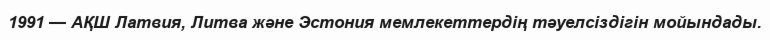
1991 — АҚШ Латвия, Литва және Эстония мемлекеттердің тәуелсіздігін мойындады.